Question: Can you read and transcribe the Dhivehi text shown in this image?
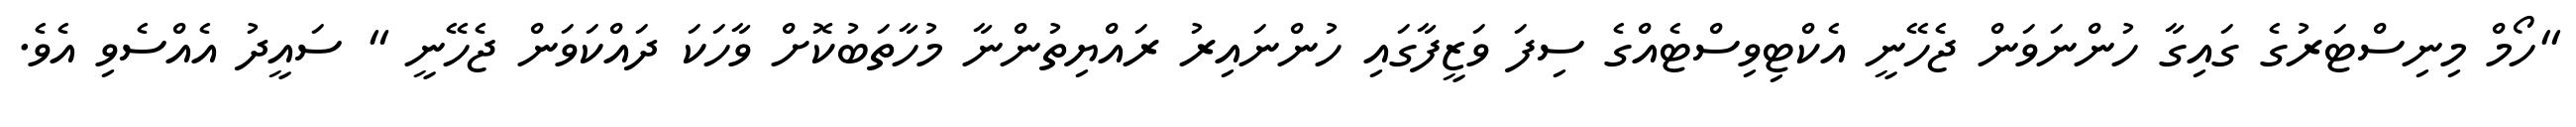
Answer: "ހޯމް މިނިސްޓަރުގެ ގައިގާ ހުންނަވަން ޖެހޭނީ އެކްޓިވިސްޓެއްގެ ސިފަ ވަޒީފާގައި ހުންނައިރު ރައްޔިތުންނާ މުހާތަބުކޮށް ވާހަކަ ދައްކަވަން ޖެހޭނީ " ސައީދު އެއްސެވި އެވެ.